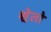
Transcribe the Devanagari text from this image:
श्वेतो